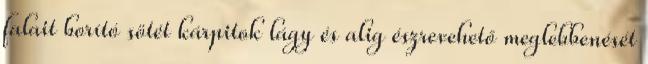
falait borító sötét kárpitok lágy és alig észrevehető meglebbenését